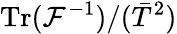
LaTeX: \mathrm{Tr}(\mathcal{F}^{-1})/(\bar{T}^{2})